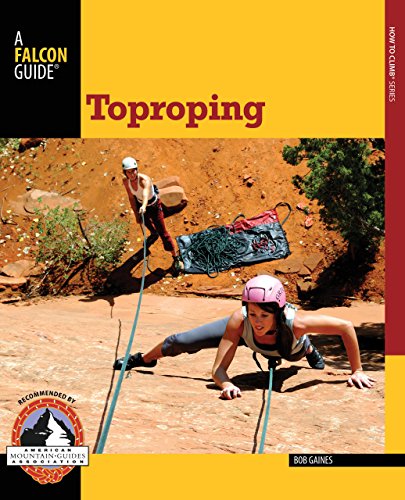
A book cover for Toproping (How To Climb Series); Bob Gaines; Sports & Outdoors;